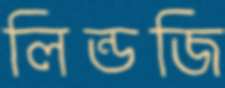
লিন্ডজি